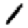
Digit: 1